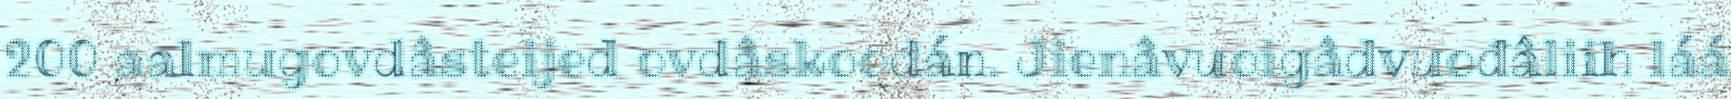
200 aalmugovdâsteijed ovdâskoodán. Jienâvuoigâdvuođâliih láá